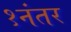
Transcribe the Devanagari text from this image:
१नंतर